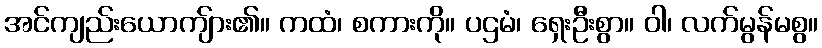
အင်ကျည်းယောကျ်ား၏။ ကထံ၊ စကားကို။ ပဌမံ၊ ရှေးဦးစွာ။ ဝါ၊ လက်မွန်မစွ။